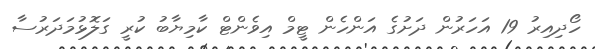
ހޯދިއިރު 19 އަހަރުން ދަށުގެ އަންހެން ޓީމް އިވެންޓް ކާމިޔާބު ކުރީ ގަލޮޅުމަދަރުސާ